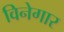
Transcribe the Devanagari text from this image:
विनेगार